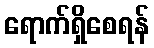
ရောက်ရှိစေရန်